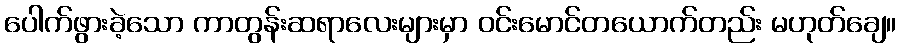
ပေါက်ဖွားခဲ့သော ကာတွန်းဆရာလေးများမှာ ဝင်းမောင်တယောက်တည်း မဟုတ်ချေ။